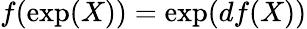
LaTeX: f(\exp(X))=\exp(df(X))